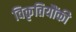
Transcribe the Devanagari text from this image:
विकृतियौंकी